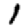
Digit: 1